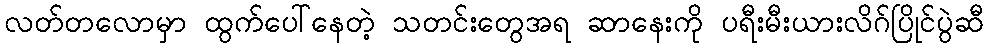
လတ်တလောမှာ ထွက်ပေါ်နေတဲ့ သတင်းတွေအရ ဆာနေးကို ပရီးမီးယားလိဂ်ပြိုင်ပွဲဆီ